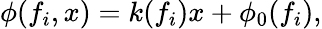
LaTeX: \phi(f_{i},x)=k(f_{i})x+\phi_{0}(f_{i}),